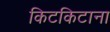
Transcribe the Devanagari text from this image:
किटकिटाना